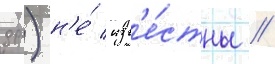
др.) н'е́ изв'е́стны //